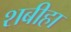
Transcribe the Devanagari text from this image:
शबीहा